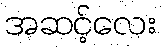
အဆင့်လေး